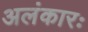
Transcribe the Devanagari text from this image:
अलंकारः